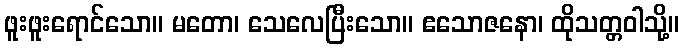
ဖူးဖူးရောင်သော။ မတော၊ သေလေပြီးသော။ ဧသောဇနော၊ ထိုသတ္တဝါသို့။